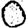
Digit: 0